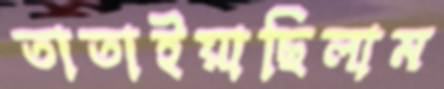
তাতাইয়াছিলাম